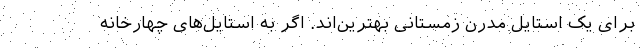
برای یک استایل مدرن زمستانی بهترین‌اند. اگر به استایل‌های چهارخانه